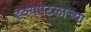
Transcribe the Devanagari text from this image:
दृश्यपटलाच्या